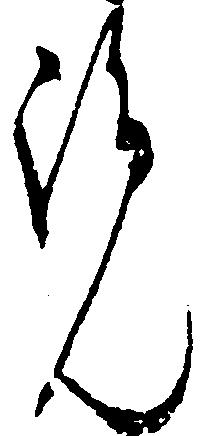
覧